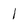
Character: 1